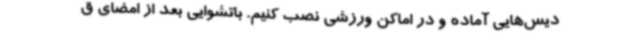
دیس‌هایی آماده و در اماکن ورزشی نصب کنیم. باتشوایی بعد از امضای ق